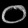
Digit: ၀